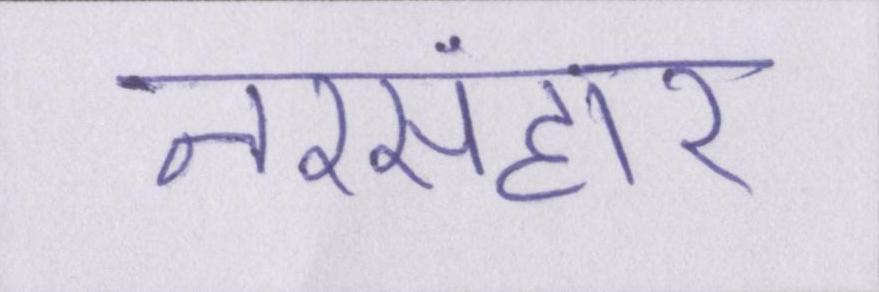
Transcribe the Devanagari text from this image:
नरसंहार